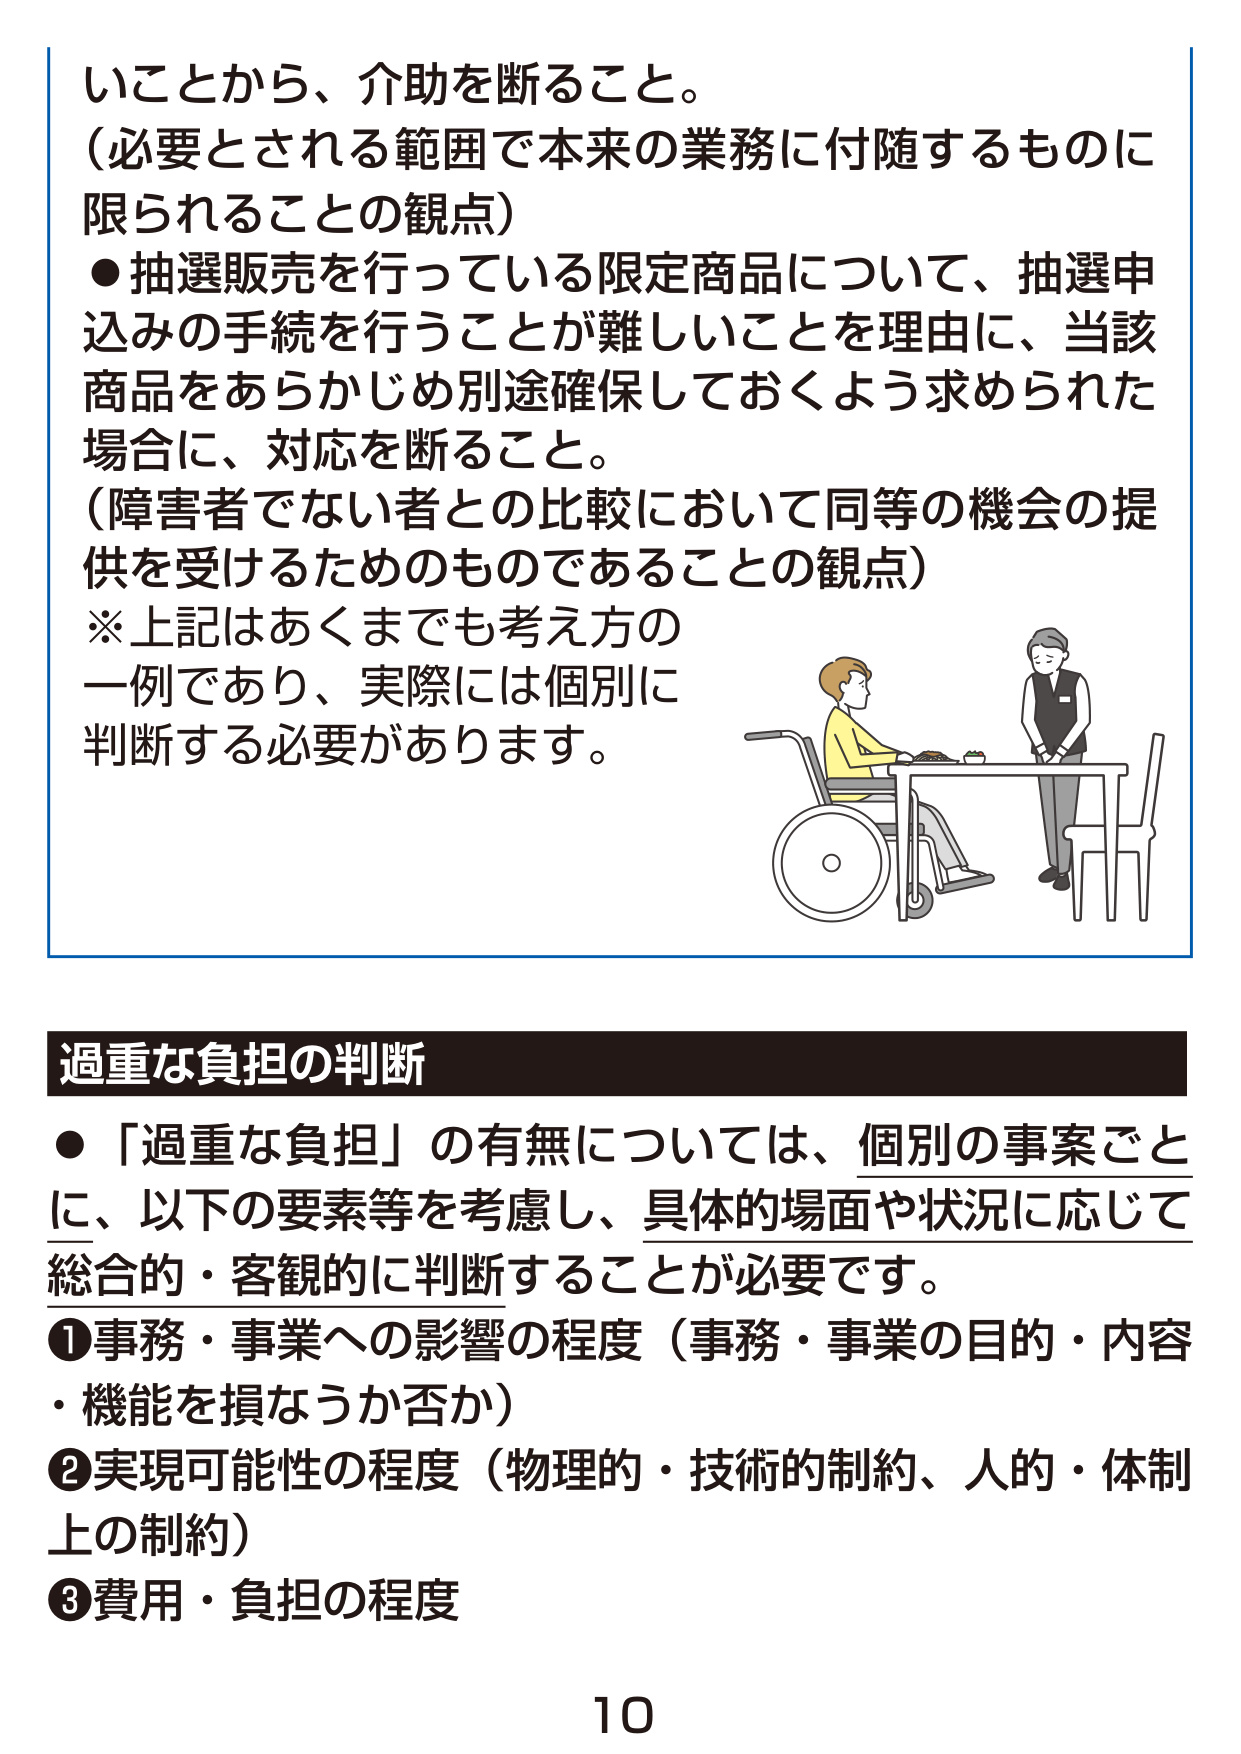
いことから、介助を断ること。
（必要とされる範囲で本来の業務に付随するものに
限られることの観点）
●抽選販売を行っている限定商品について、抽選申
込みの手続を行うことが難しいことを理由に、当該
商品をあらかじめ別途確保しておくよう求められた
場合に、対応を断ること。
（障害者でない者との比較において同等の機会の提
供を受けるためのものであることの観点）
※上記はあくまでも考え方の
一例であり、実際には個別に
判断する必要があります。

過重な負担の判断
●「過重な負担」の有無については、個別の事案ごと
に、以下の要素等を考慮し、具体的場面や状況に応じて
総合的・客観的に判断することが必要です。
①事務・事業への影響の程度（事務・事業の目的・内容
・機能を損なうか否か）
②実現可能性の程度（物理的・技術的制約、人的・体制
上の制約）
③費用・負担の程度

10